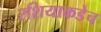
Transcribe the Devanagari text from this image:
रशियाकडेच